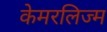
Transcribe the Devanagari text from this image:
केमरलिज्म